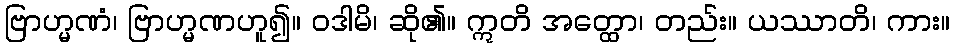
ဗြာဟ္မဏံ၊ ဗြာဟ္မဏဟူ၍။ ဝဒါမိ၊ ဆို၏။ ဣတိ အတ္ထော၊ တည်း။ ယဿာတိ၊ ကား။